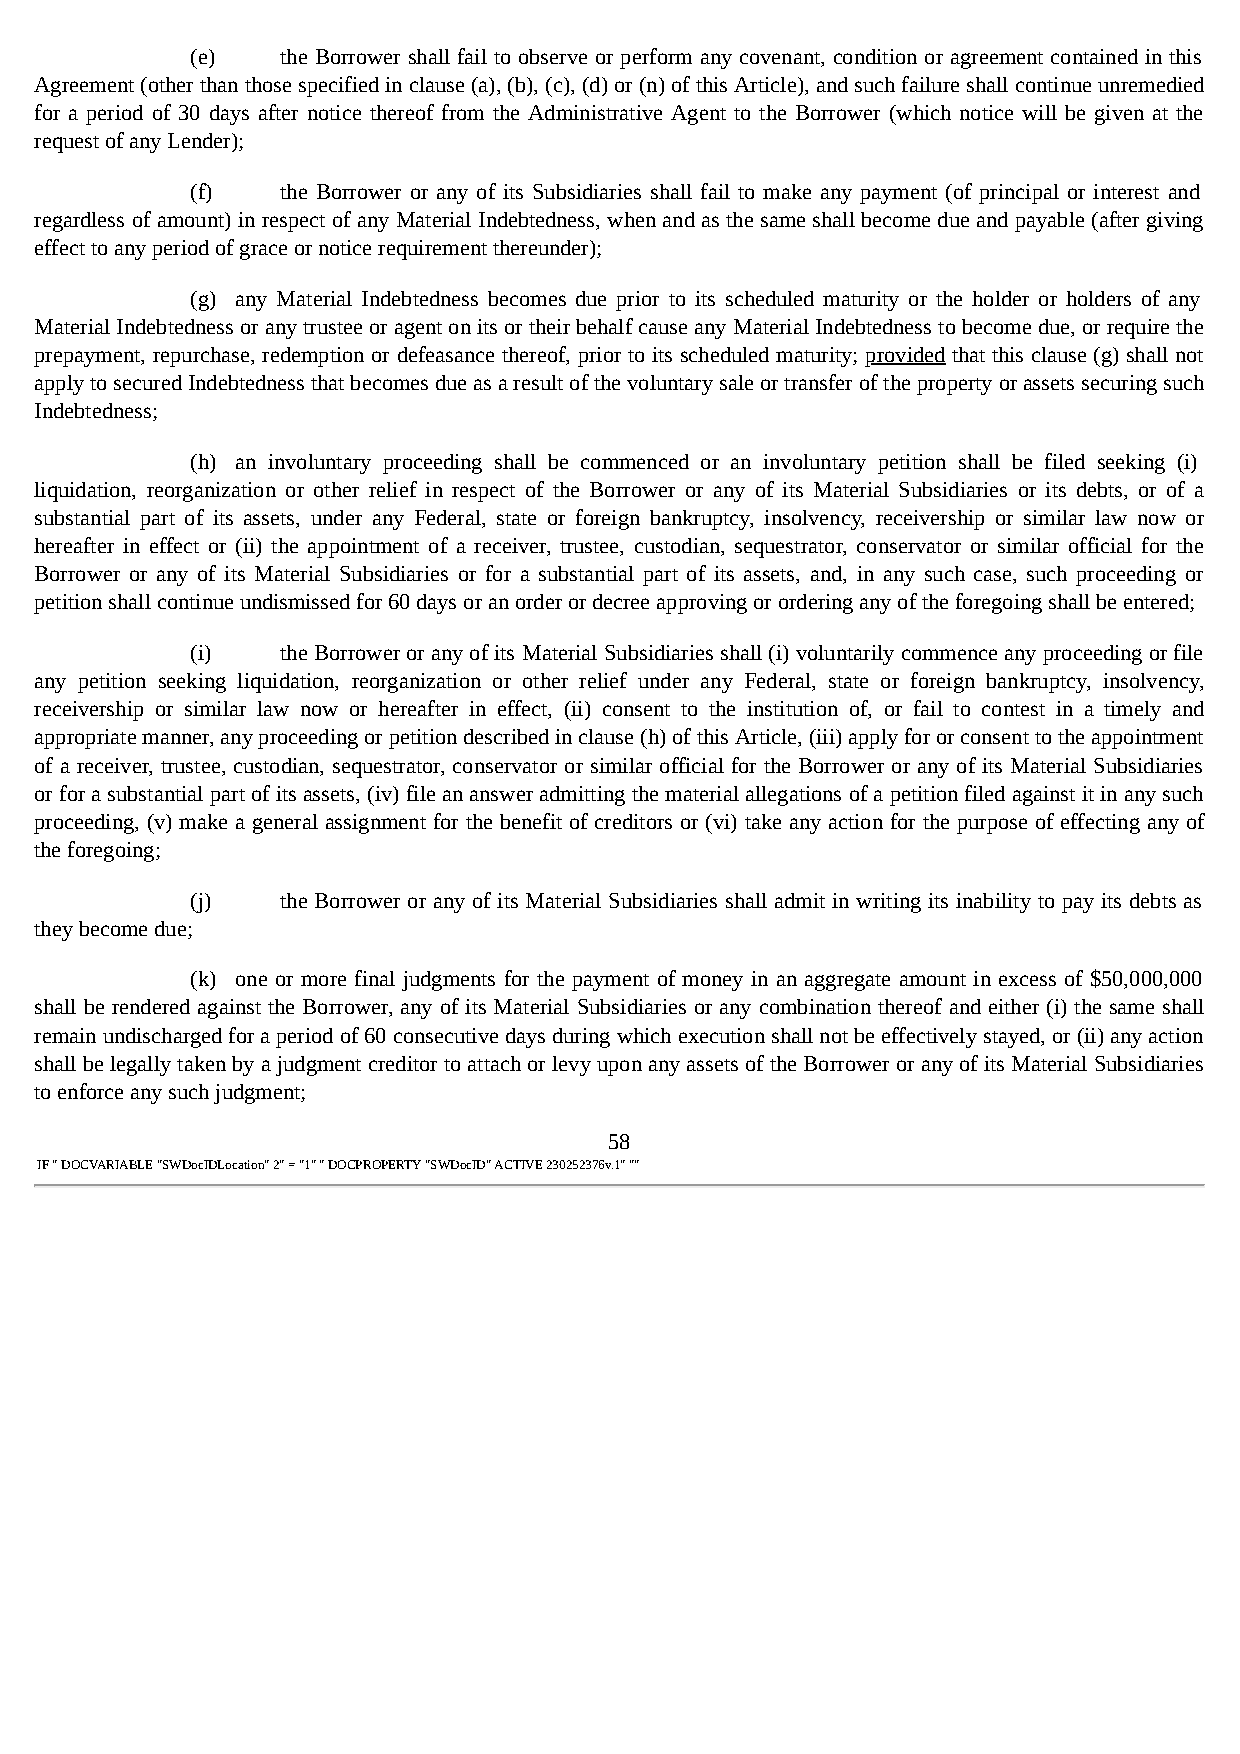
(e)   the Borrower shall fail to observe or perform any covenant, condition or agreement contained in this
 Agreement (other than those specified in clause (a), (b), (c), (d) or (n) of this Article), and such failure shall continue unremedied
 for a period of 30 days after notice thereof from the Administrative Agent to the Borrower (which notice will be given at the
 request of any Lender);
 (f)   the Borrower or any of its Subsidiaries shall fail to make any payment (of principal or interest and
 regardless of amount) in respect of any Material Indebtedness, when and as the same shall become due and payable (after giving
 effect to any period of grace or notice requirement thereunder);
 (g) any Material Indebtedness becomes due prior to its scheduled maturity or the holder or holders of any
 Material Indebtedness or any trustee or agent on its or their behalf cause any Material Indebtedness to become due, or require the
 prepayment, repurchase, redemption or defeasance thereof, prior to its scheduled maturity; provided that this clause (g) shall not
 apply to secured Indebtedness that becomes due as a result of the voluntary sale or transfer of the property or assets securing such
 Indebtedness;
 (h) an involuntary proceeding shall be commenced or an involuntary petition shall be filed seeking (i)
 liquidation, reorganization or other relief in respect of the Borrower or any of its Material Subsidiaries or its debts, or of a
 substantial part of its assets, under any Federal, state or foreign bankruptcy, insolvency, receivership or similar law now or
 hereafter in effect or (ii) the appointment of a receiver, trustee, custodian, sequestrator, conservator or similar official for the
 Borrower or any of its Material Subsidiaries or for a substantial part of its assets, and, in any such case, such proceeding or
 petition shall continue undismissed for 60 days or an order or decree approving or ordering any of the foregoing shall be entered;
 (i)   the Borrower or any of its Material Subsidiaries shall (i) voluntarily commence any proceeding or file
 any petition seeking liquidation, reorganization or other relief under any Federal, state or foreign bankruptcy, insolvency,
 receivership or similar law now or hereafter in effect, (ii) consent to the institution of, or fail to contest in a timely and
 appropriate manner, any proceeding or petition described in clause (h) of this Article, (iii) apply for or consent to the appointment
 of a receiver, trustee, custodian, sequestrator, conservator or similar official for the Borrower or any of its Material Subsidiaries
 or for a substantial part of its assets, (iv) file an answer admitting the material allegations of a petition filed against it in any such
 proceeding, (v) make a general assignment for the benefit of creditors or (vi) take any action for the purpose of effecting any of
 the foregoing;
 (j)   the Borrower or any of its Material Subsidiaries shall admit in writing its inability to pay its debts as
 they become due;
 (k) one or more final judgments for the payment of money in an aggregate amount in excess of $50,000,000
 shall be rendered against the Borrower, any of its Material Subsidiaries or any combination thereof and either (i) the same shall
 remain undischarged for a period of 60 consecutive days during which execution shall not be effectively stayed, or (ii) any action
 shall be legally taken by a judgment creditor to attach or levy upon any assets of the Borrower or any of its Material Subsidiaries
 to enforce any such judgment;
 58
 IF " DOCVARIABLE "SWDocIDLocation" 2" = "1" " DOCPROPERTY "SWDocID" ACTIVE 230252376v.1" ""